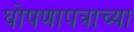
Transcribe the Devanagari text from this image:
घोषणापत्राच्या